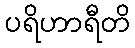
ပရိဟာရီတိ